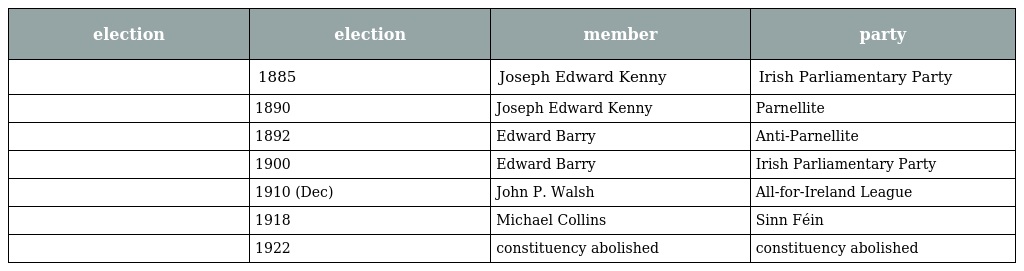
| election | election | member | party |
 | --- | --- | --- | --- |
 |  | 1885 | Joseph Edward Kenny | Irish Parliamentary Party |
 |  | 1890 | Joseph Edward Kenny | Parnellite |
 |  | 1892 | Edward Barry | Anti-Parnellite |
 |  | 1900 | Edward Barry | Irish Parliamentary Party |
 |  | 1910 (Dec) | John P. Walsh | All-for-Ireland League |
 |  | 1918 | Michael Collins | Sinn Féin |
 |  | 1922 | constituency abolished | constituency abolished |